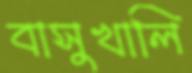
বাসুখালি